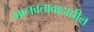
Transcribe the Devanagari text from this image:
मानवतावादातील